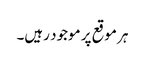
ہر موقع پر موجود رہیں۔